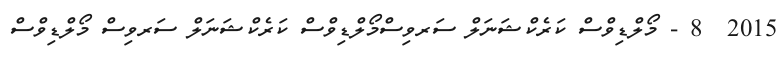
2015  8 - މޯލްޑިވްސް ކަރެކްޝަނަލް ސަރވިސްމޯލްޑިވްސް ކަރެކްޝަނަލް ސަރވިސް މޯލްޑިވްސް